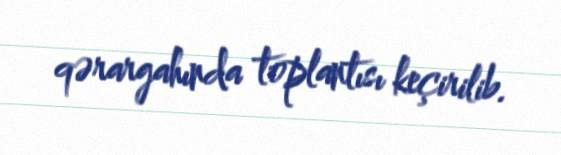
qərargahında toplantısı keçirilib.